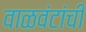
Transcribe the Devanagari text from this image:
वाळवंटांची